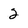
Character: 2